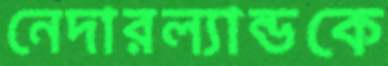
নেদারল্যান্ডকে